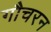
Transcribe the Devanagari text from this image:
गौचरन